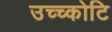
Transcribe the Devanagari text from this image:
उच्च्कोटि